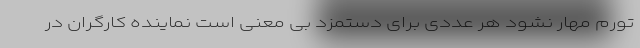
تورم مهار نشود هر عددی برای دستمزد بی معنی است نماینده کارگران در